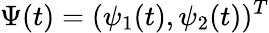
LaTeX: \Psi(t)=(\psi_{1}(t),\psi_{2}(t))^{T}